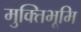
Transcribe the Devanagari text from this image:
मुक्तिभूमि